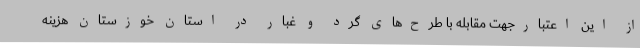
از این اعتبارجهت مقابله با طرح‌های گرد و غبار در استان خوزستان هزینه